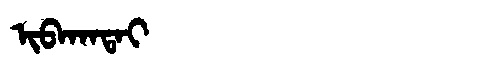
Manchu: ᡳᠪᠠᡴᠠᡨᠠᡳ
Romanization: IBAKATAI